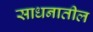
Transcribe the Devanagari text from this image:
साधनातील